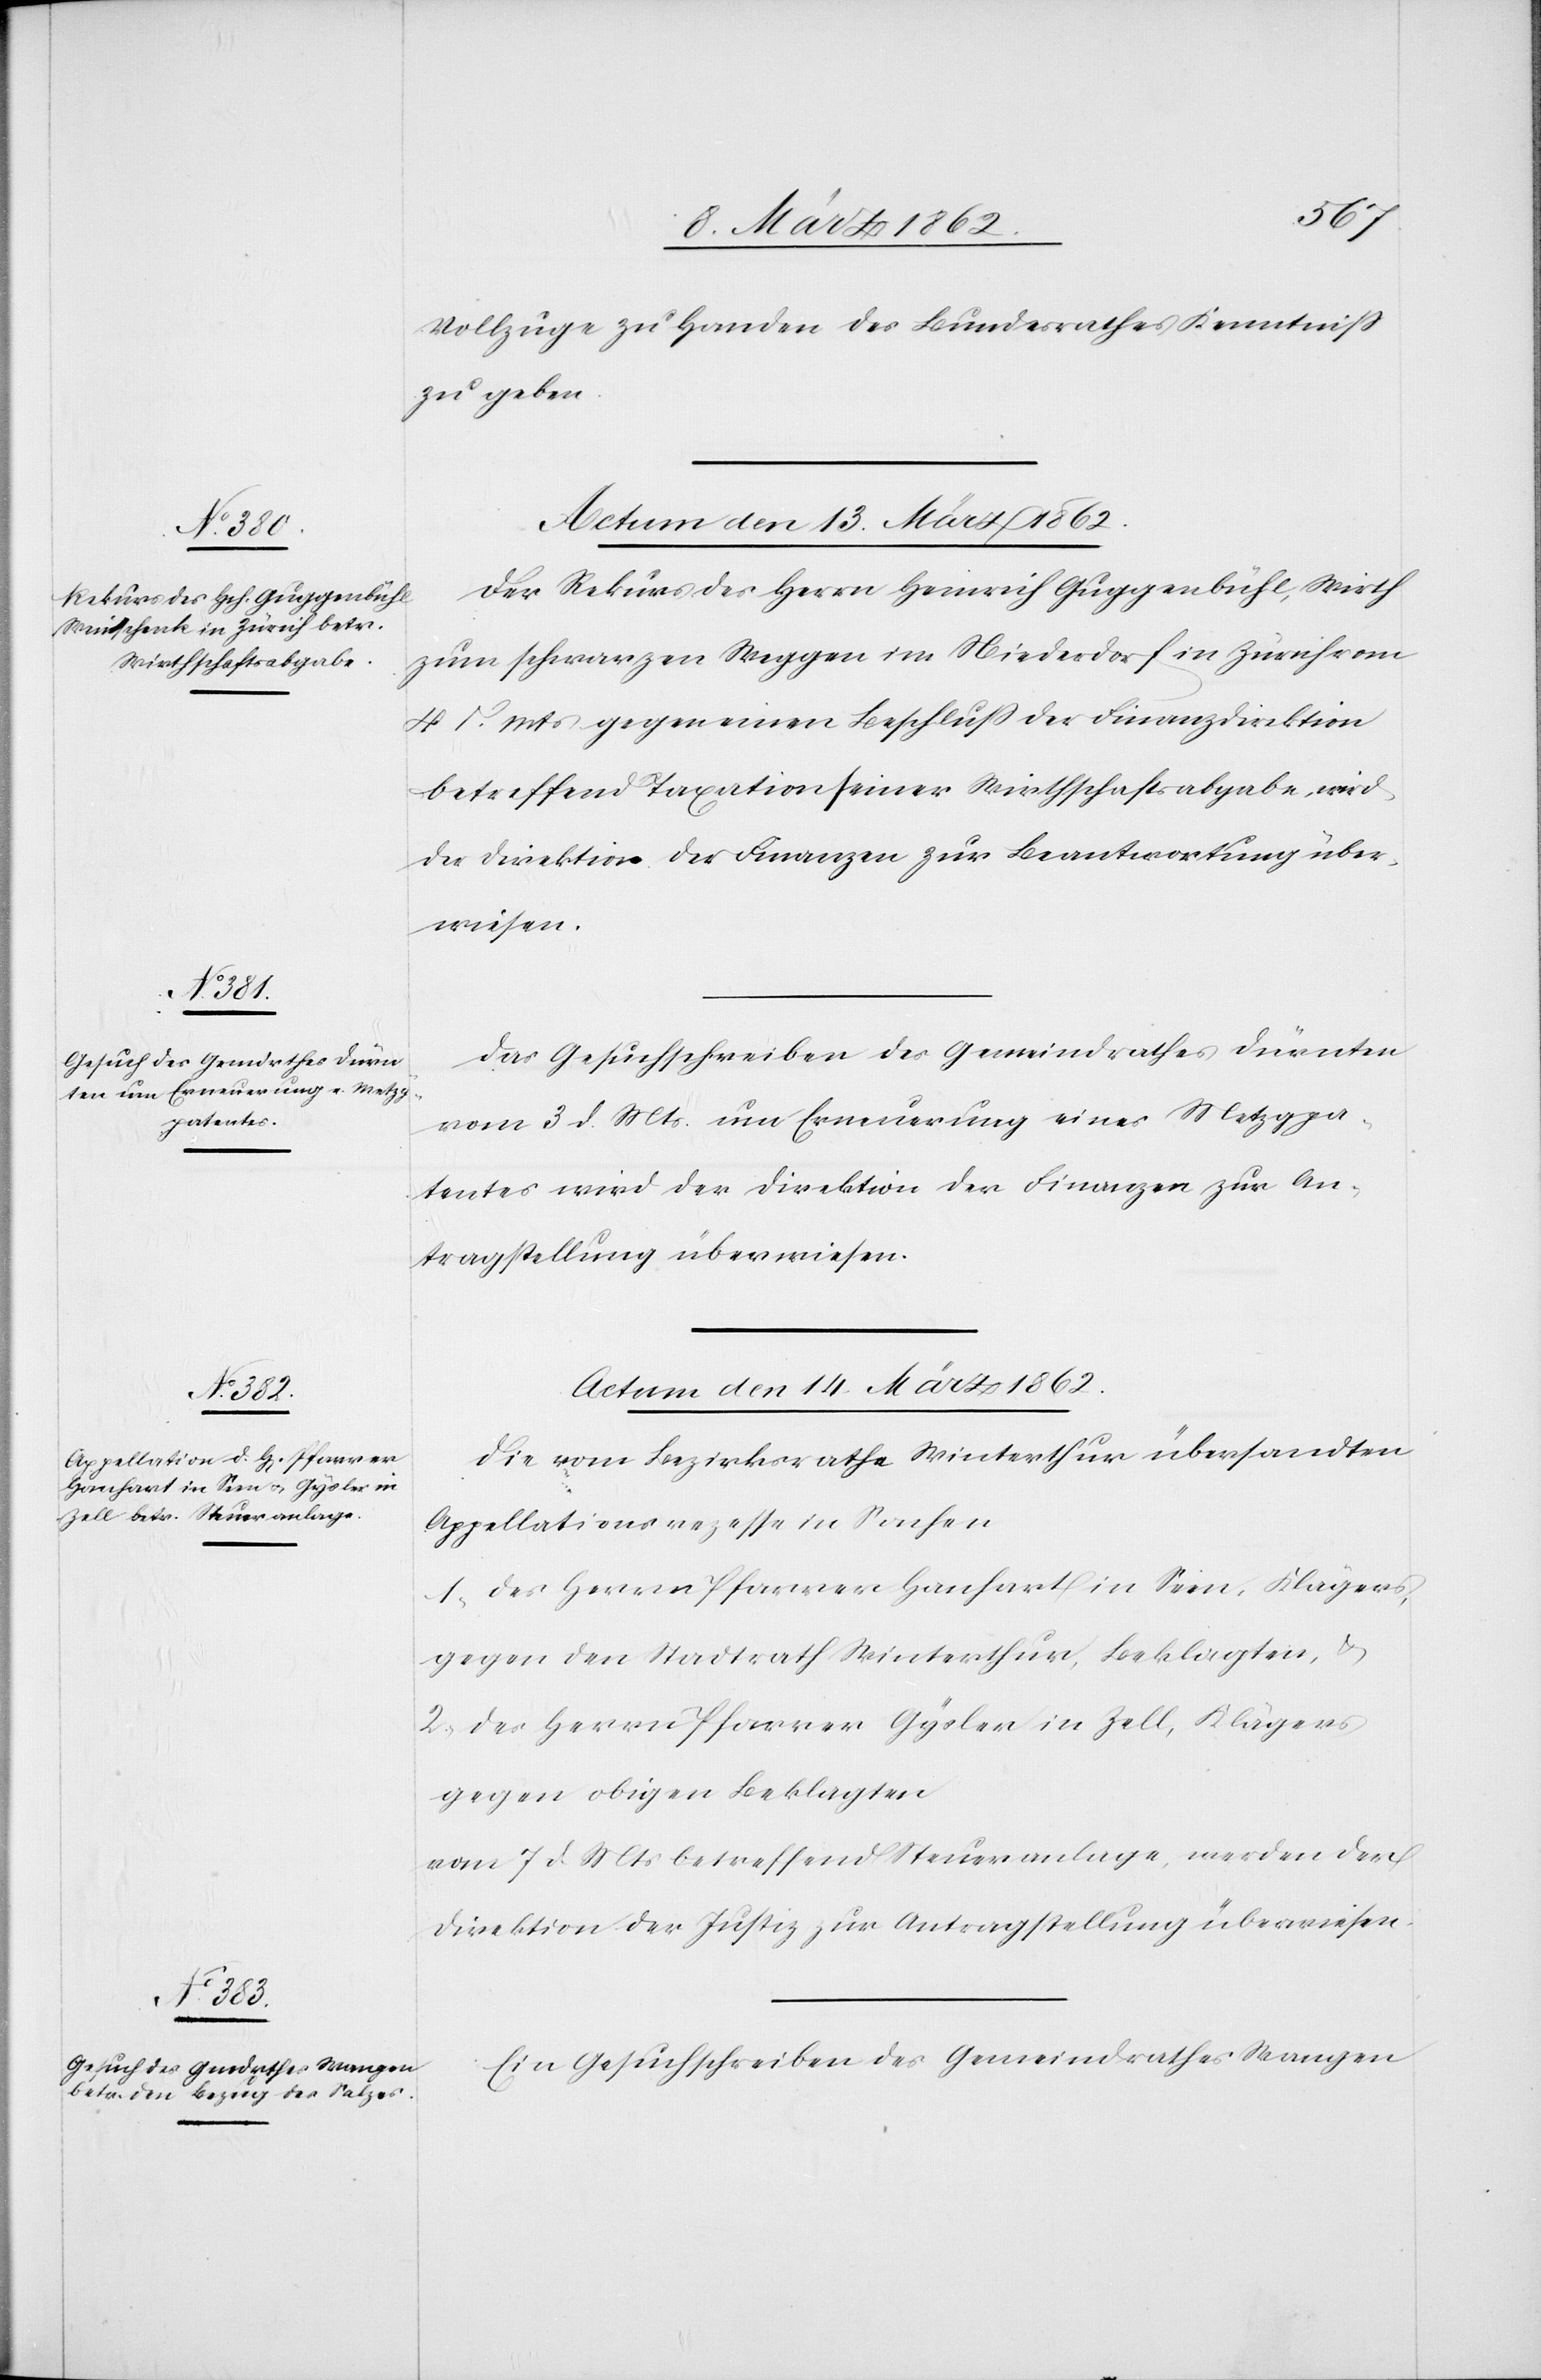
Vollzuge zu Handen des Bundesrathes Kenntniß
zu geben[.]
Actum den 13. März 1862.]
Der Rekurs des Herrn Heinrich Guggenbühl, Wirth
zum schwarzen Weggen im Niederdorf in Zürich vom
4 [?] Mts gegen einen Beschluß der Finanzdirektion
betreffend Taxation seiner Wirthschaftsabgabe, wird
der Direktion der Finanzen zur Beantwortung über¬
wiesen.
Das Gesuchschreiben des Gemeindrathes Dürnten
vom 3 d. Mts. um Erneuerung eines Metzgpa¬
tentes wird der Direktion der Finanzen zur An¬
tragstellung überwiesen.
Actum den 14. März 1862.]
Die vom Bezirksrathe Winterthur übersandten
Appellationsrezesse in Sachen
1) des Herrn Pfarrer Hanhart in Seen, Klägers,
gegen den Stadtrath Winterthur, Beklagten, &
2) des Herrn Pfarrer Gysler in Zell, Klägers
gegen obigen Beklagten
vom 7 d. Mts. betreffend Steueranlage, werden der
Direktion der Justiz zur Antragstellung überwiesen.
Ein Gesuchschreiben des Gemeindrathes Wangen